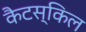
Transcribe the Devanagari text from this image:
कैटस्किल